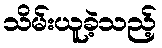
သိမ်းယူခဲ့သည့်